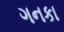
ગનકા